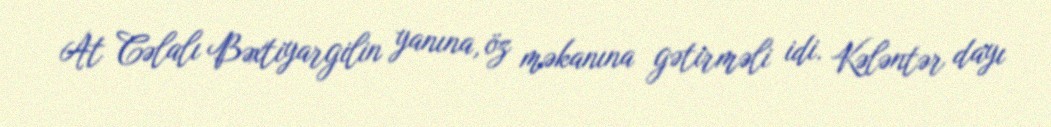
At Cəlalı Bəxtiyargilin yanına, öz məkanına gətirməli idi. Kələntər dayı